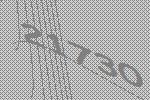
21730